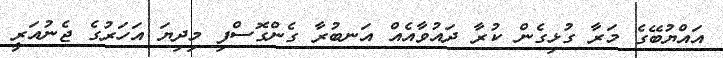
އައްޔުބޭގެ މަރާ ގުޅިގެން ކުރާ ދައުވާއެއް އަނބުރާ ގެންގޮސްފި މިދިޔަ އަހަރުގެ ޖެނުއަރީ